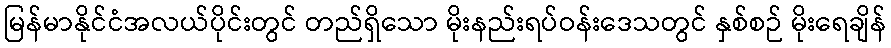
မြန်မာနိုင်ငံအလယ်ပိုင်းတွင် တည်ရှိသော မိုးနည်းရပ်ဝန်းဒေသတွင် နှစ်စဉ် မိုးရေချိန်